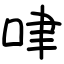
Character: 㖀